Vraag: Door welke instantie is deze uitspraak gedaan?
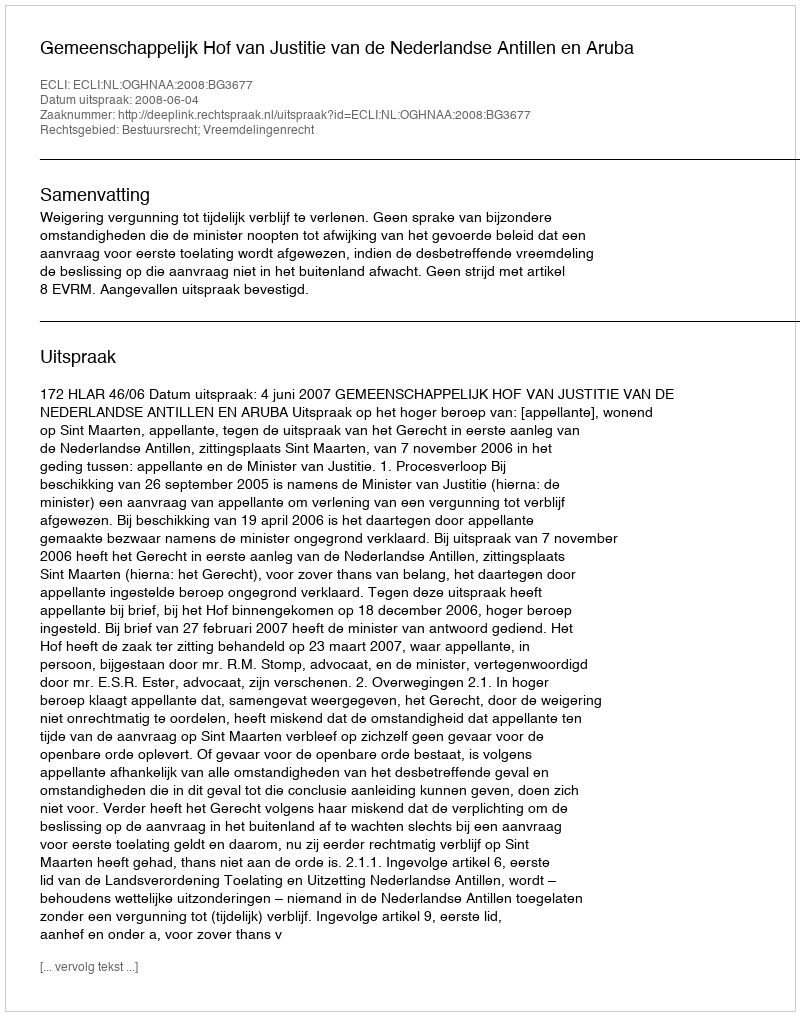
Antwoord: Gemeenschappelijk Hof van Justitie van de Nederlandse Antillen en Aruba